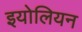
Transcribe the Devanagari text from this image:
इयोलियन